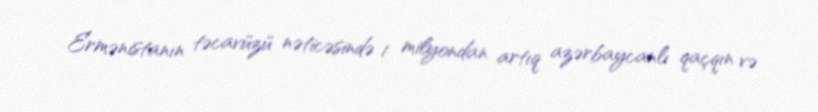
Ermənistanın təcavüzü nəticəsində 1 milyondan artıq azərbaycanlı qaçqın və